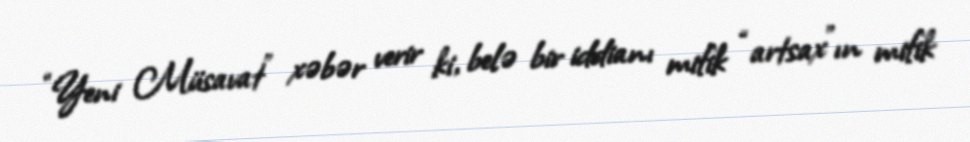
“Yeni Müsavat” xəbər verir ki, belə bir iddianı mifik “artsax”ın mifik